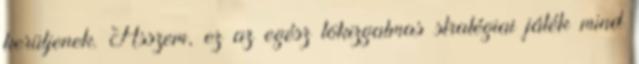
kerüljenek. Asszem, ez az egész tökizgalmas stratégiai játék mind